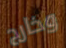
وخارج